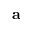
{ \mathbf a }